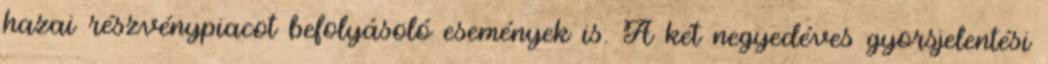
hazai részvénypiacot befolyásoló események is. A két negyedéves gyorsjelentési